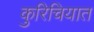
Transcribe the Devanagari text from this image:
कुरिचियात